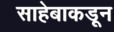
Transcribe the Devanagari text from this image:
साहेबाकडून